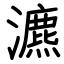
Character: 瀌